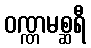
ဝဏ္ဏမစ္ဆရီ